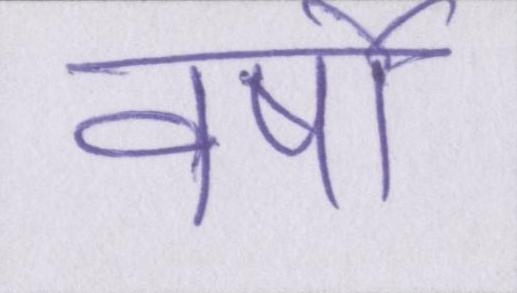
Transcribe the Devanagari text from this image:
वर्षो